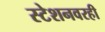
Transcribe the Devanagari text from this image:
स्टेशनवरही